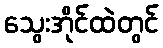
သွေးအိုင်ထဲတွင်